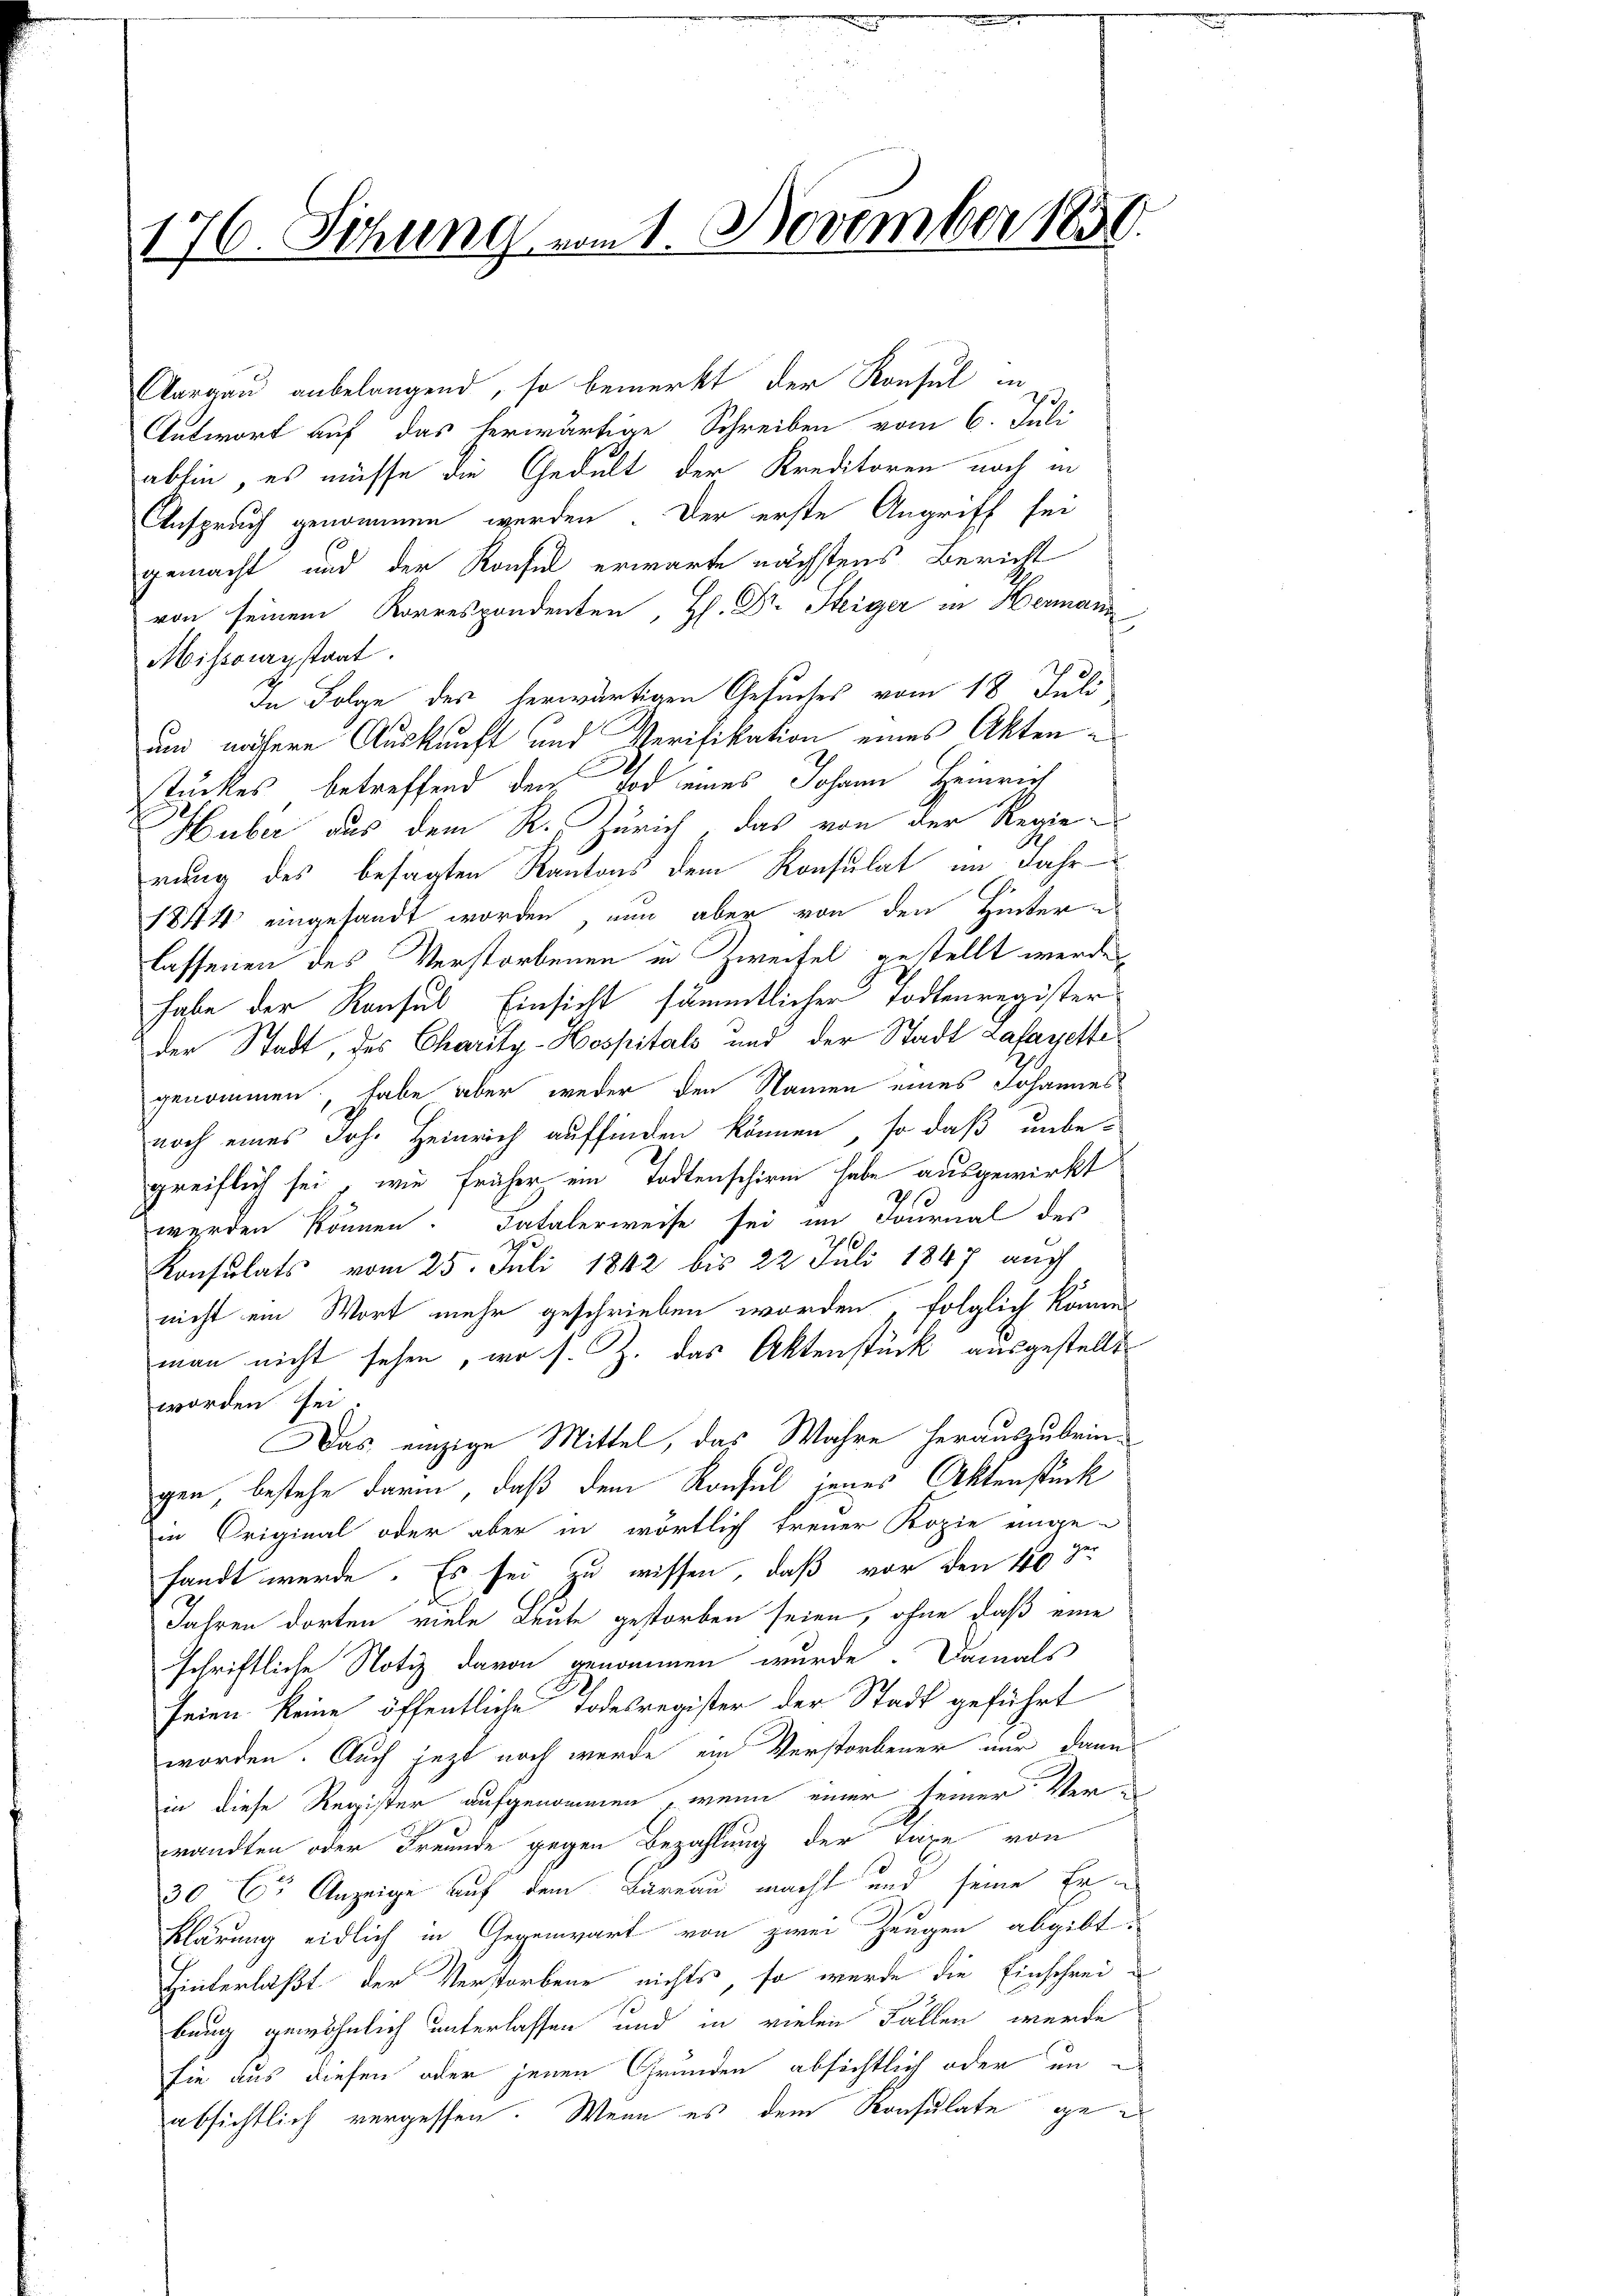
176. Sitzung vom 1. November 1880

Aargau anbelangend, so bemerkt der Konsul in
Antwort auf das herwärtige Schreiben vom 6. Juli
abhin, es müsse die Gedult der Kreditoren noch in
Anspruch genommen werden. Der erste Angriff sei
gemacht und der Konsul erwarte nächstens Bericht
von seinem Korrespondenten, H. Dr. Steiger in Hermann
Mihsourystaat
In Folge des herwärtigen Gesuches vom 18. Juli
um nähere Auskunft und Verifikation eines Aktenstückes betreffend dem Tod eines Johann Heinrich
Huber aus dem R. Zürich „das von der Regie-
rung des besagten Kantons dem Konsulat im Jahr
1841 eingesandt worden, nun aber von den Hinterlassenen des Verstorbenen in Zweifel gestellt werden,
habe der Konsul Einsicht sämmtlicher Todtenregister
der Stadt, des Charity-Hospitals und der Stadt Lafarette
genommen, habe aber weder den Namen eines Johannes
noch eines Joh. Heinrich auffinden können, so daß unbe-
greiflich sei, wie früher ein Todtenschirm habe ausgewirkt
werden können. Fatalerweise sei im Fournal des
8
Konsulats vom 25. Juli 1842 bis 22 Juli 1847 auch
nicht ein Wort mehr geschrieben worden folglich könne
man nicht sehen, wo s. Z. das Aktenstück ausgestellt
worden sei.
Das einzige Mittel, das Wahre herauszubringen, bestehe darin, daß dem Konsul jenes Aktenstück
in Original oder aber in wörtlich treuer Kopie einge-
fandt werde. Es sei zu wissen, daß vor den 10 ge¬
Jahren dorten viele Leute gestorben seien, ohne daß eine
schriftliche Notiz davon genommen wurde. Damals
seien keine öffentliche Todesregister der Stadt geführt
worden. Auch jetzt noch werde ein Verstorbener nur dann
in diese Register aufgenommen, wenn einer seiner Verwandten oder Freunde gegen Bezahlung der Taxe von
30 Cr Anzeige auf dem Bureau macht und seine Er
Klärung eidlich in Gegenwart von zwei Zeugen abgibt.
Hinterläßt der Verstorbene nichts, so wurde die Einschreibung gewöhnlich unterlassen und in vielen Fällen werde
sie aus diesen oder jenen Grunden absichtlich oder un
absichtlich vergessen. Wenn es dem Konsulate ge¬